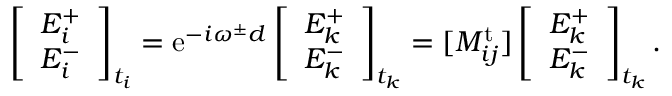
\left[ \begin{array} { l } { E _ { i } ^ { + } } \\ { E _ { i } ^ { - } } \end{array} \right] _ { t _ { i } } = \mathrm { e } ^ { - i \omega ^ { \pm } d } \left[ \begin{array} { l } { E _ { k } ^ { + } } \\ { E _ { k } ^ { - } } \end{array} \right] _ { t _ { k } } = [ M _ { i j } ^ { \mathrm { t } } ] \left[ \begin{array} { l } { E _ { k } ^ { + } } \\ { E _ { k } ^ { - } } \end{array} \right] _ { t _ { k } } .